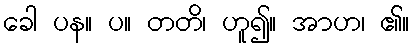
ခေါ ပန။ ပ။ တတိ၊ ဟူ၍။ အာဟ၊ ၏။